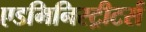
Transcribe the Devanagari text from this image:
एडमिनिस्ट्रीटर्स